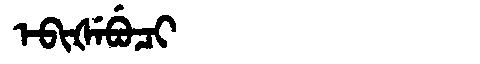
Manchu: ᡝᠪᡳᡧᡝᠪᡠᠴᡳ
Romanization: EBIŠEBUCI